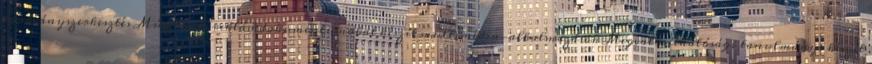
kiadványszerkesztés Műszaki és reklámdokumentumokat készít multimédia-alkalmazások Megvalósíthatósági tanulmányt készít